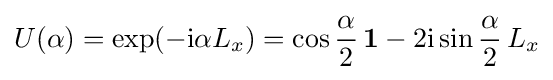
U(\alpha )=\exp(-\mathrm {i} \alpha L_{x})=\cos {\frac {\alpha }{2}}\,\mathbf {1} -2\mathrm {i} \sin {\frac {\alpha }{2}}\,L_{x}